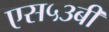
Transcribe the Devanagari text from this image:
एस५३बी